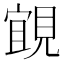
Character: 𮗗